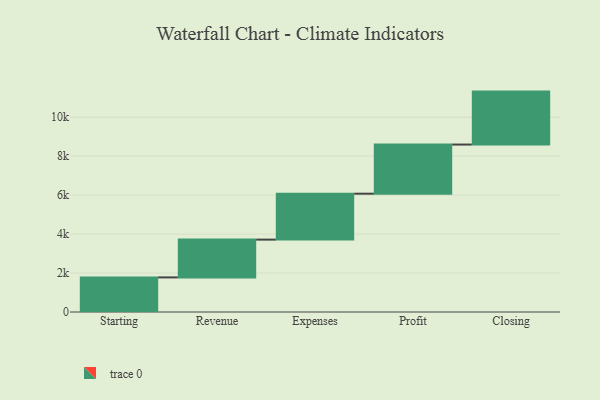
{"axis": {"x": "Step", "y": "Value"}, "legend": [""], "data": [{"x": "Starting", "y": 1776.0, "type": ""}, {"x": "Revenue", "y": 1939.0, "type": ""}, {"x": "Expenses", "y": 2358.0, "type": ""}, {"x": "Profit", "y": 2522.0, "type": ""}, {"x": "Closing", "y": 2718.0, "type": ""}]}